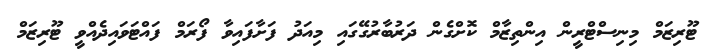
ޓޫރިޒަމް މިނިސްޓްރީން އިންތިޒާމް ކޮށްގެން ދަރުބާރުގޭގައި މިއަދު ފަށާފައިވާ ފޯރަމް ފައްޓަވައިދެއްވީ ޓޫރިޒަމް